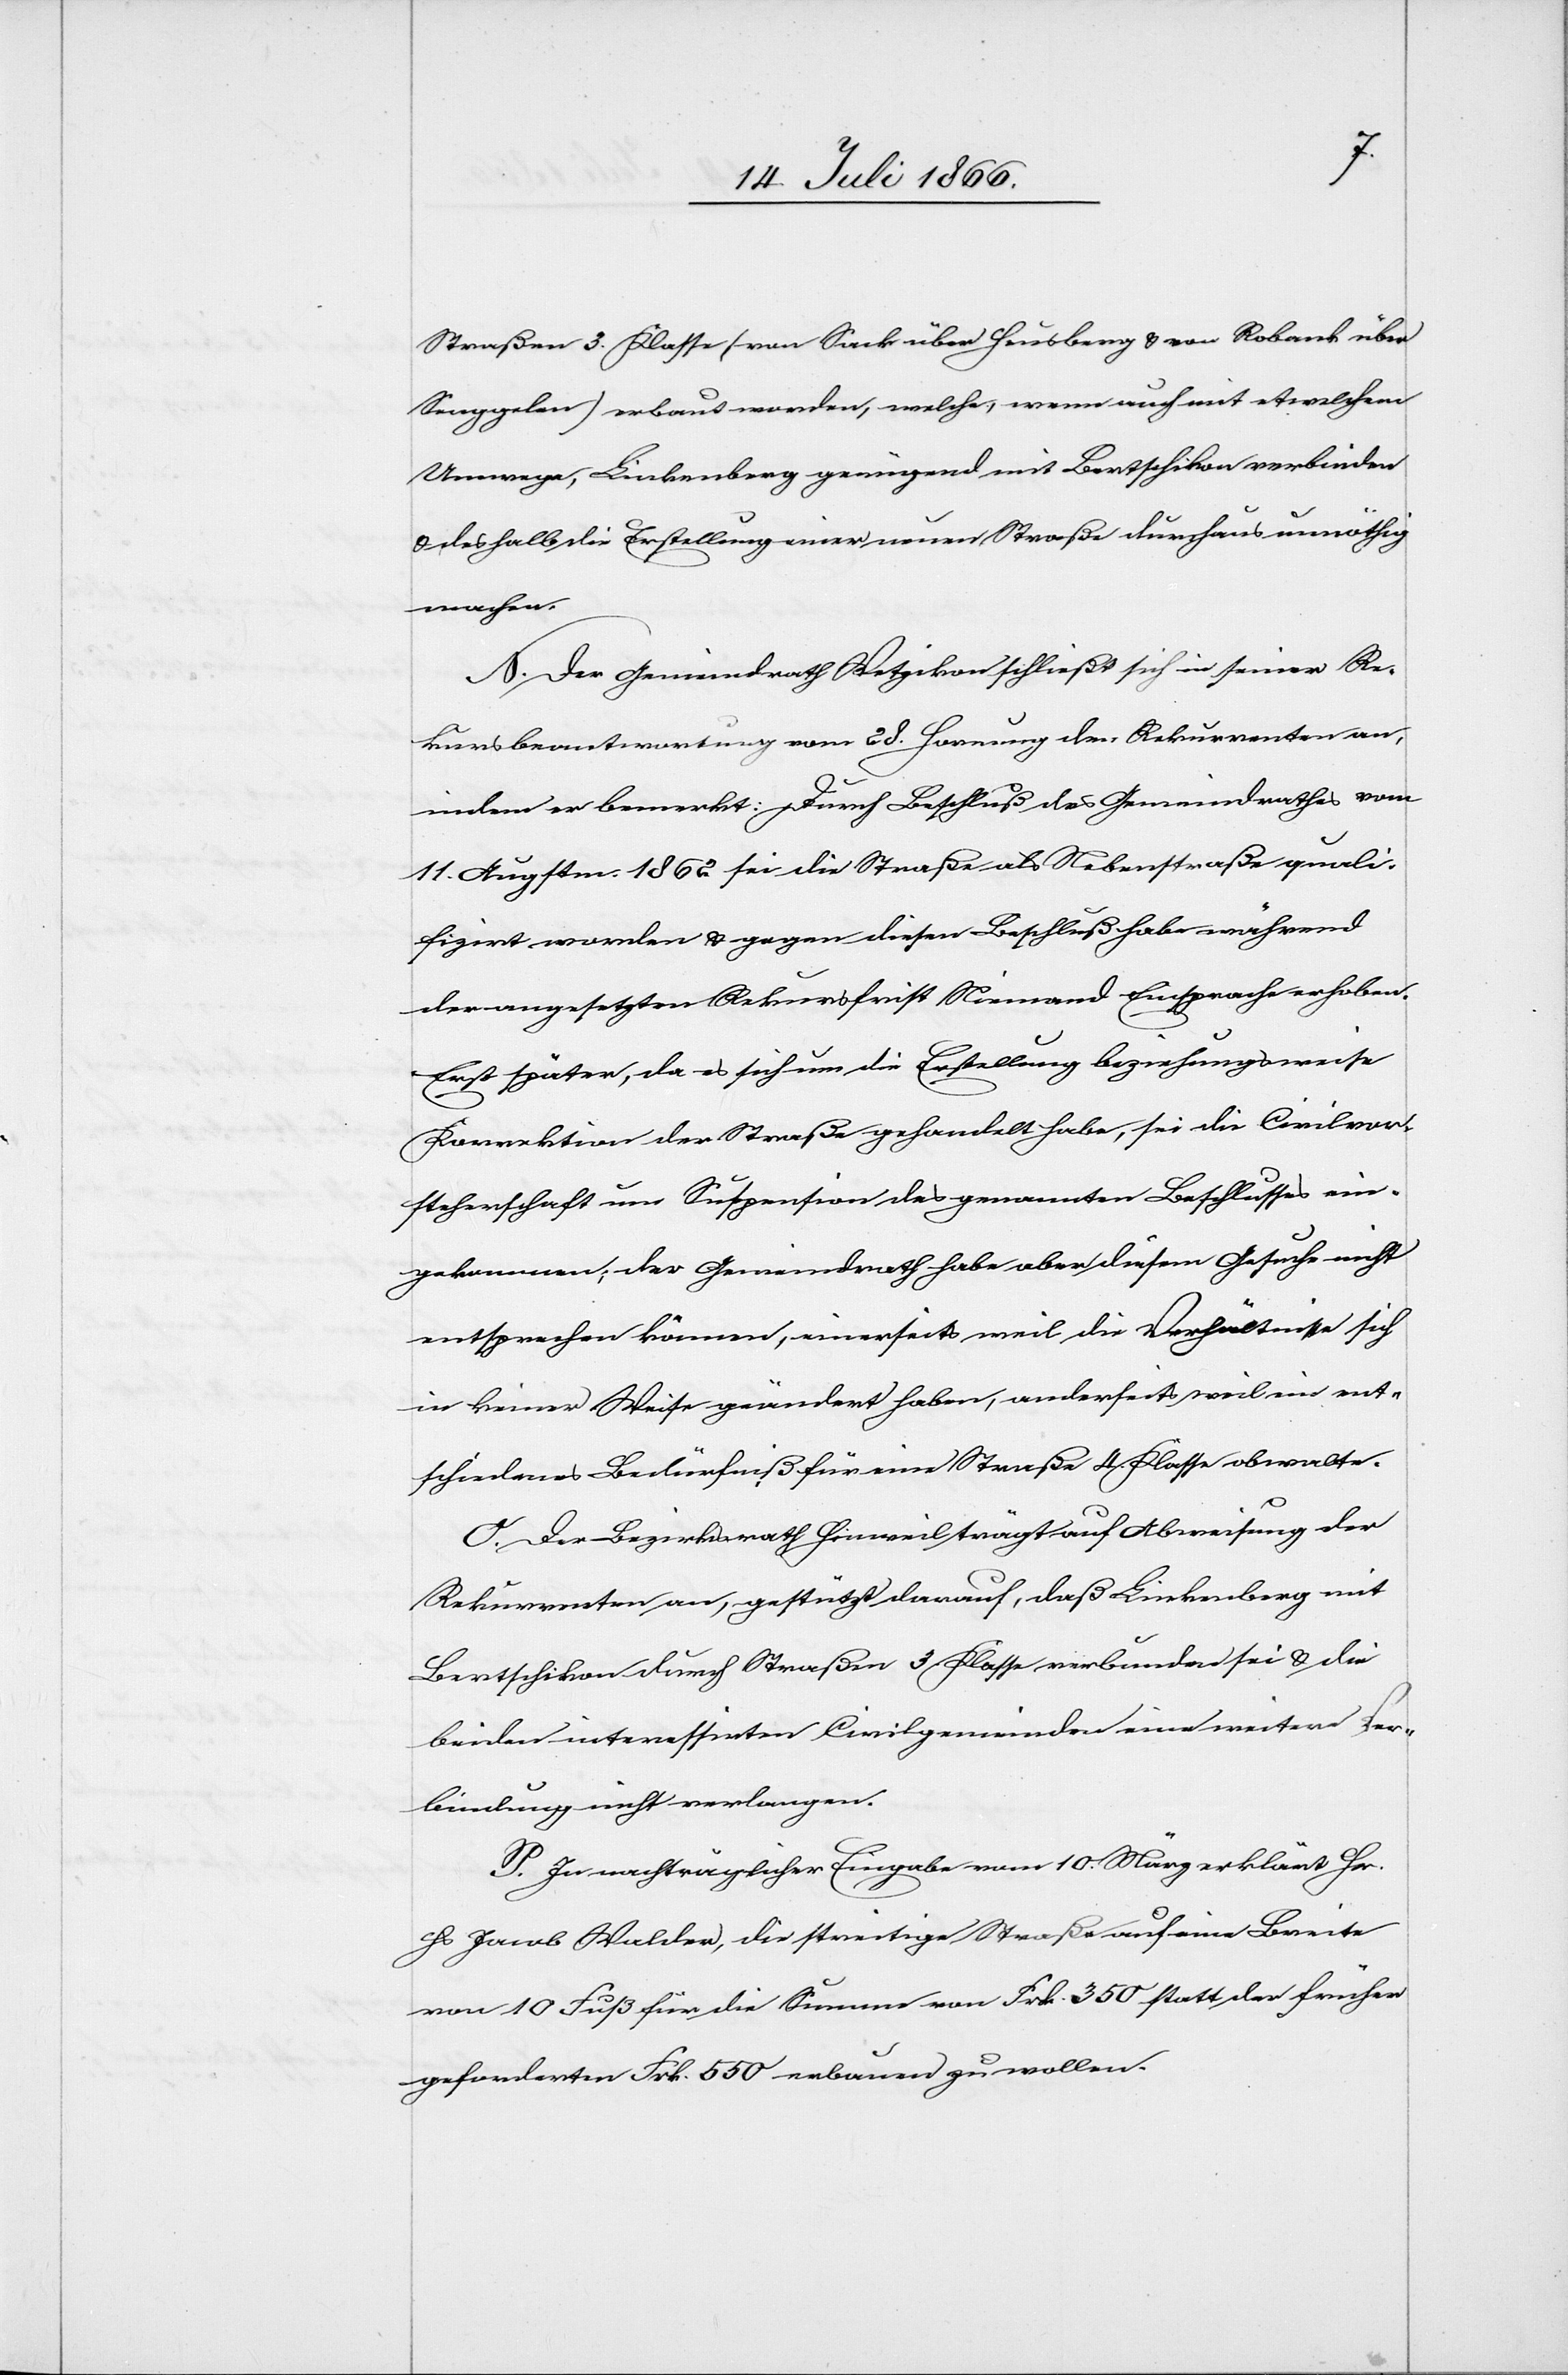
Straßen 3. Klasse (von Sack über Heusberg u. von Robank über
Semggelen) erbaut worden, welche, wenn auch mit etwelchen
Umwege[n], Linkenberg genügend mit Bertschikon verbinden
u. deshalb die Erstellung einer neuen Straße durchaus unnöthig
machen.
N. Der Gemeindrath Wetzikon schließt sich in seiner Re¬
kursbeantwortung vom 28. Hornung den Rekurrenten an,
indem er bemerkt: Durch Beschluß des Gemeindrathes vom
11. Augstm. 1862 sei die Straße als Nebenstraße quali¬
fizirt worden u. gegen diesen Beschluß habe während
der angesetzten Rekursfrist Niemand Einsprache erhoben.
Erst später, da es sich um die Erstellung beziehungsweise
Korrektion der Straße gehandelt habe, sei die Civilvor¬
steherschaft um Suspension des genannten Beschlusses ein¬
gekommen; der Gemeindrath habe aber diesem Gesuche nicht
entsprechen können, einerseits weil die Verhältnisse sich
in keiner Weise geändert haben, anderseits weil ein ent¬
schiedenes Bedürfniß für eine Straße 4. Klasse obwalte.
O. Der Bezirksrath Hinweil trägt auf Abweisung der
Rekurrenten an, gestützt darauf, daß Linkenberg mit
Bertschikon durch Straßen 3. Klasse verbunden sei u. die
beiden interessirten Civilgemeinden eine weitere Ver¬
bindung nicht verlangen.
P. In nachträglicher Eingabe vom 10. März erklärt Hr.
Hs. Jacob Walder, die streitige Straße auf eine Breite
von 10 Fuß für die Summe von Frk. 350 statt der früher
geforderten Frk. 550 erbauen zu wollen.